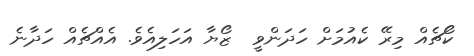
ކޯޗެއް މިރޭ ކެއުމަށް ހަދަންވީ  ޒޯޔާ އަހަލިއެވެ. އެއްޗެއްް ހަދާނެ